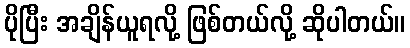
ပိုပြီး အချိန်ယူရလို့ ဖြစ်တယ်လို့ ဆိုပါတယ်။